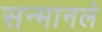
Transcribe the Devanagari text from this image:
सन्मानले